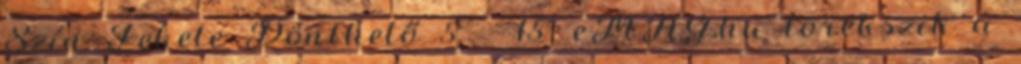
Szín Fekete Dönthető 5° - 15° eMAG.hu törekszik a